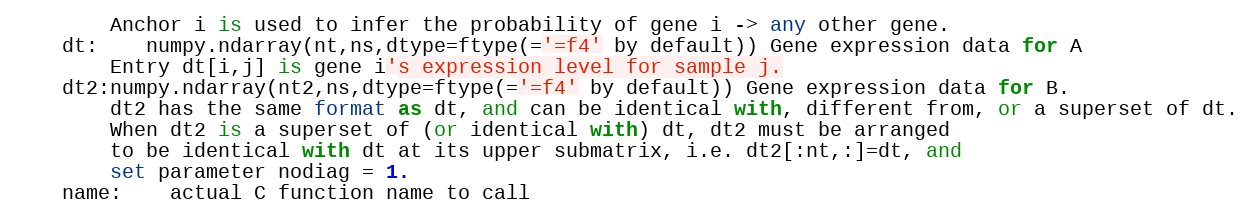
Language: Python
		Anchor i is used to infer the probability of gene i -> any other gene.
	dt:	numpy.ndarray(nt,ns,dtype=ftype(='=f4' by default)) Gene expression data for A
		Entry dt[i,j] is gene i's expression level for sample j.
	dt2:numpy.ndarray(nt2,ns,dtype=ftype(='=f4' by default)) Gene expression data for B.
		dt2 has the same format as dt, and can be identical with, different from, or a superset of dt.
		When dt2 is a superset of (or identical with) dt, dt2 must be arranged
		to be identical with dt at its upper submatrix, i.e. dt2[:nt,:]=dt, and
		set parameter nodiag = 1.
	name:	actual C function name to call